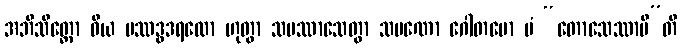
အဘိသိတ္တော ဝိယ ပဿဒ္ဓဒရထော ဟုတွာ သမဿာသေတွာ သမဏော ဂေါတမော မံ “တောသေဿာမီ”တိ